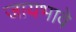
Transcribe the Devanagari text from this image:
जायभावे